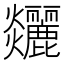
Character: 𤓧